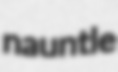
nauntle